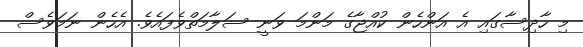
މި ހާދިސާގައި އެ އަންހެން ކުއްޖާގެ މަންމަ ވަނީ ސަލާމަތްވެފައެވެ. އެހެން ނަމަވެސް